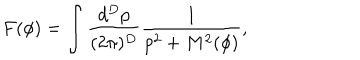
F ( \phi ) = \int \frac { d ^ { D } p } { ( 2 \pi ) ^ { D } } \frac { 1 } { p ^ { 2 } + M ^ { 2 } ( \phi ) } ,